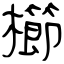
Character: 櫛